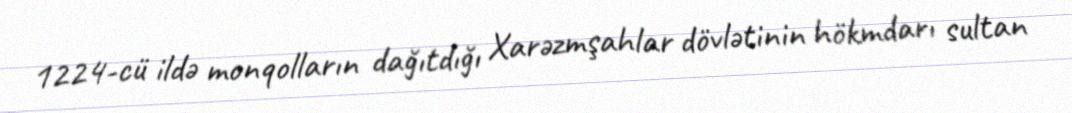
1224-cü ildə monqolların dağıtdığı Xarəzmşahlar dövlətinin hökmdarı sultan